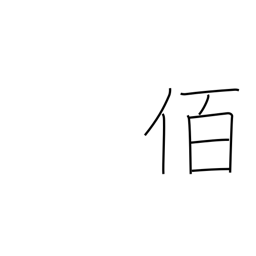
Meaning: leader of 100 men